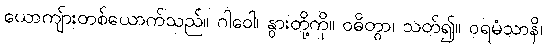
ယောကျ်ားတစ်ယောက်သည်။ ဂါဝေါ၊ နွားတို့ကို။ ဝဓိတွာ၊ သတ်၍။ ဝရမံသာနိ၊